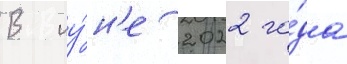
В иу́н'е 2022 го́да